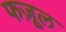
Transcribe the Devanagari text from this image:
फज़ूल